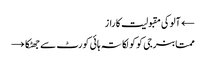
← آلوکی مقبولیت کا راز
ممتابنرجی کوکولکاتہ ہائی کورٹ سے جھٹکا →